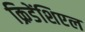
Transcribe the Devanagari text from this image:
क्रिडेंशिएल